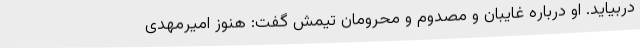
دربیاید. او درباره غایبان و مصدوم و محرومان تیمش گفت: هنوز امیرمهدی